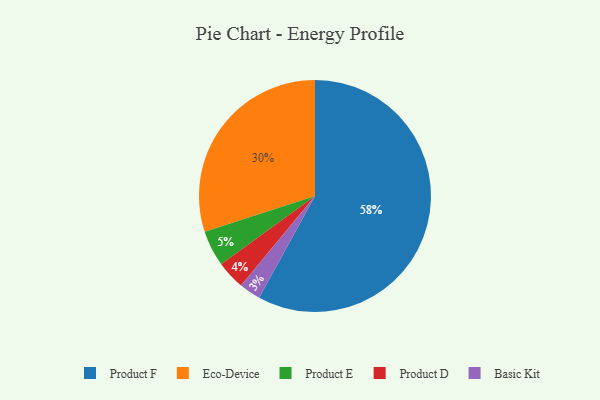
{"axis": {"x": "Category", "y": "Percentage"}, "legend": ["Basic Kit", "Eco-Device", "Product D", "Product E", "Product F"], "data": [{"x": "Product D", "y": 4, "type": "Product D"}, {"x": "Eco-Device", "y": 30, "type": "Eco-Device"}, {"x": "Product E", "y": 5, "type": "Product E"}, {"x": "Basic Kit", "y": 3, "type": "Basic Kit"}, {"x": "Product F", "y": 58, "type": "Product F"}]}